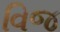
વિજ